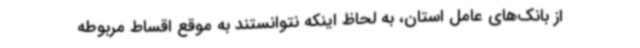
از بانک‌های عامل استان، به لحاظ اینکه نتوانستند به موقع اقساط مربوطه